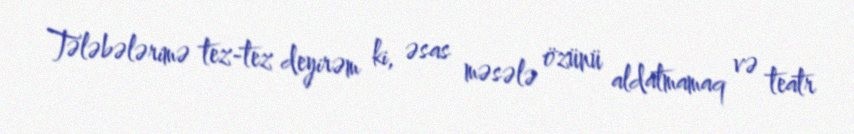
Tələbələrimə tez-tez deyirəm ki, əsas məsələ özünü aldatmamaq və teatr